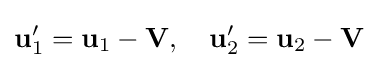
\mathbf {u} _{1}^{\prime }=\mathbf {u} _{1}-\mathbf {V} ,\quad \mathbf {u} _{2}^{\prime }=\mathbf {u} _{2}-\mathbf {V}